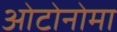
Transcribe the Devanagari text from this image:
ओटोनोमा